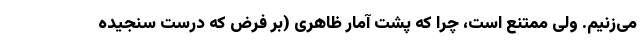
می‌زنیم. ولی ممتنع است، چرا که پشت آمار ظاهری (بر فرض که درست سنجیده